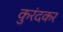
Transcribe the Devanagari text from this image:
कुरंदकर